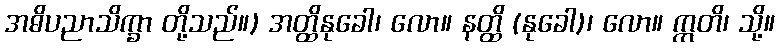
အဓိပညာသိက္ခာ တို့သည်။) အတ္ထိနုခေါ၊ လော။ နတ္ထိ (နုခေါ)၊ လော။ ဣတိ၊ သို့။